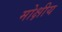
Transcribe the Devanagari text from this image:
मोक्षीय